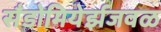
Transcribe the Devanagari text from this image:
सँडोमियेर्झजवळ